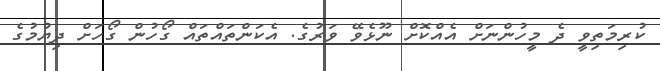
ކުރިމަތިވީ ދެ މީހުންނަށް އެއްކޮށް ނޫޅެވޭ ވަރުގެ. އެކަންތައްތައް ގޯހުން ގޯހަށް ދިޔުމުގެ